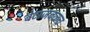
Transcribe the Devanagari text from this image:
बेटाजवळ्च